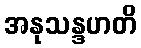
အနုသန္ဒဟတိ